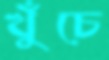
খুঁচে